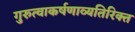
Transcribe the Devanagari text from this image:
गुरुत्वाकर्षणाव्यतिरिक्त